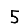
Digit: 5